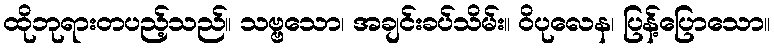
ထိုဘုရားတပည့်သည်။ သဗ္ဗသော၊ အချင်းခပ်သိမ်း။ ဝိပုလေန၊ ပြန့်ပြောသော။